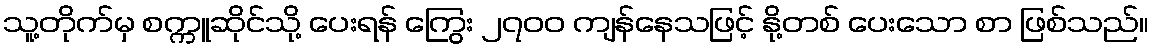
သူ့တိုက်မှ စက္ကူဆိုင်သို့ ပေးရန် ကြွေး ၂၇၀၀ ကျန်နေသဖြင့် နို့တစ် ပေးသော စာ ဖြစ်သည်။